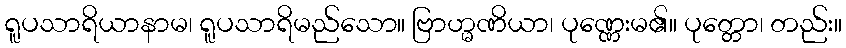
ရူပသာရိယာနာမ၊ ရူပသာရိမည်သော။ ဗြာဟ္မဏိယာ၊ ပုဏ္ဏေးမ၏။ ပုတ္တော၊ တည်း။